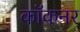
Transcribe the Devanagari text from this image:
कॉकनर